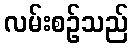
လမ်းစဉ်သည်